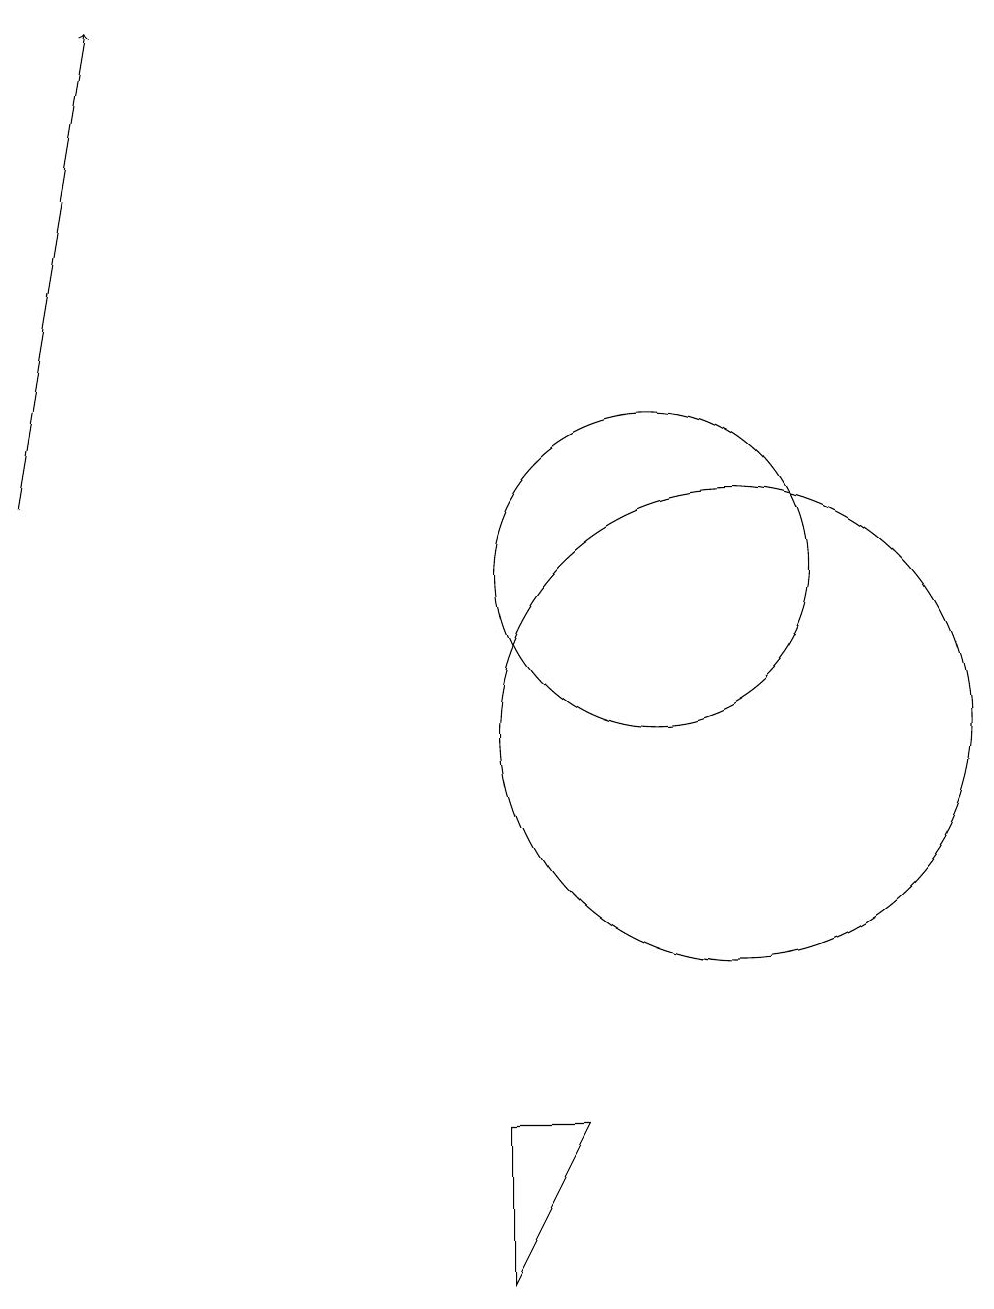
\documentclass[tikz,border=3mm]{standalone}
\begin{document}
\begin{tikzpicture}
\draw (10,12) circle (2);
\draw (11,10) circle (3);
\draw (11,10) circle (0);
\draw (8,3) -- (8,5) -- (9,5) -- cycle;
\draw[->] (2,13) -- (3,19);
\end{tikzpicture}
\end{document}